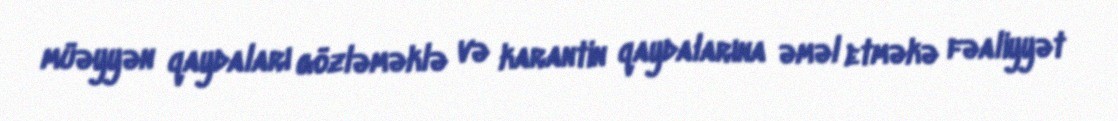
müəyyən qaydaları gözləməklə və karantin qaydalarına əməl etməkə fəaliyyət